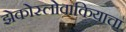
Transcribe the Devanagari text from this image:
झेकोस्लोवाकियाचा